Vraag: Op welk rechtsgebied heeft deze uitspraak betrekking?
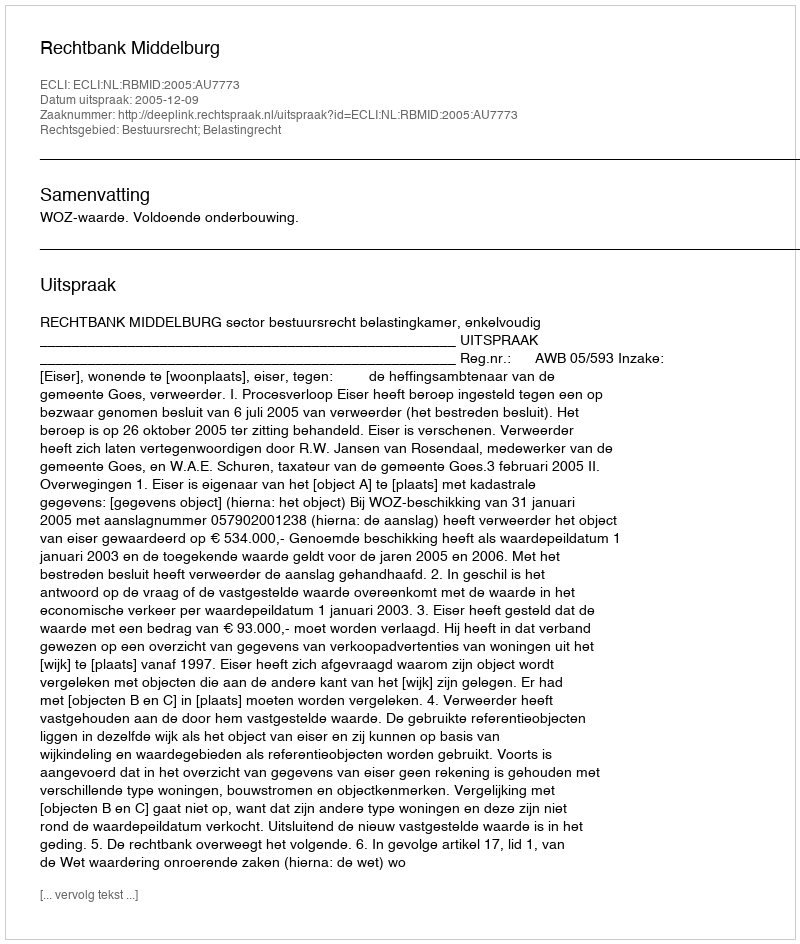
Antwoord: Bestuursrecht; Belastingrecht